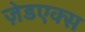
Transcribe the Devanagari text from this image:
ज़ेडएक्स